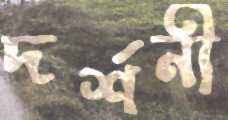
দর্শনী